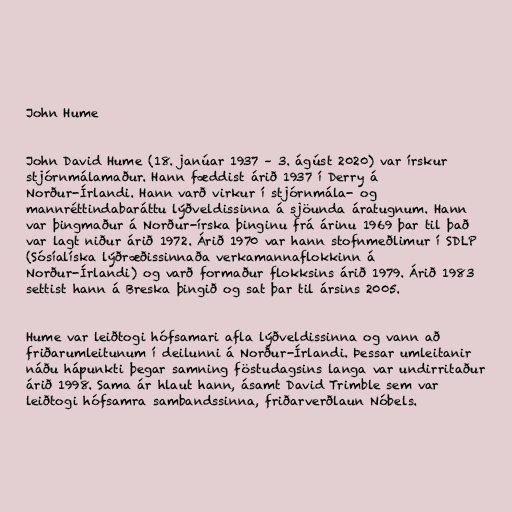
John Hume

John David Hume (18. janúar 1937 – 3. ágúst 2020) var írskur
stjórnmálamaður. Hann fæddist árið 1937 í Derry á
Norður-Írlandi. Hann varð virkur í stjórnmála- og
mannréttindabaráttu lýðveldissinna á sjöunda áratugnum. Hann
var þingmaður á Norður-írska þinginu frá árinu 1969 þar til það
var lagt niður árið 1972. Árið 1970 var hann stofnmeðlimur í SDLP
(Sósíalíska lýðræðissinnaða verkamannaflokkinn á
Norður-Írlandi) og varð formaður flokksins árið 1979. Árið 1983
settist hann á Breska þingið og sat þar til ársins 2005.

Hume var leiðtogi hófsamari afla lýðveldissinna og vann að
friðarumleitunum í deilunni á Norður-Írlandi. Þessar umleitanir
náðu hápunkti þegar samning föstudagsins langa var undirritaður
árið 1998. Sama ár hlaut hann, ásamt David Trimble sem var
leiðtogi hófsamra sambandssinna, friðarverðlaun Nóbels.